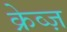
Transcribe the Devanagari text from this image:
क्रेव्ज़